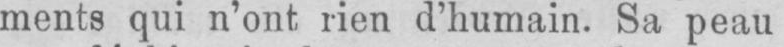
ments qui n’ont rien d’humain. Sa peau